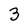
Character: 3